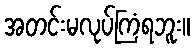
အတင်းမလုပ်ကြံရဘူး။